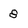
Character: 8